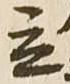
立